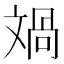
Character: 𣁘